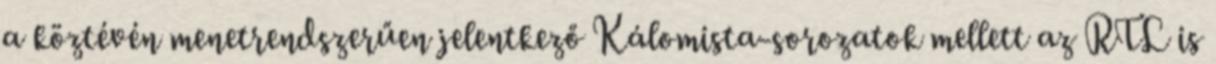
a köztévén menetrendszerűen jelentkező Kálomista-sorozatok mellett az RTL is